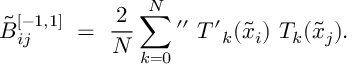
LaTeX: \tilde { B } _ { i j } ^ { [ - 1 , 1 ] } \ = \ \frac { 2 } { N } \sum _ { k = 0 } ^ { N } \mathrm { { } ^ { \prime \prime } } \ { T ^ { \prime } } _ { k } ( \tilde { x } _ { i } ) \ T _ { k } ( \tilde { x } _ { j } ) .